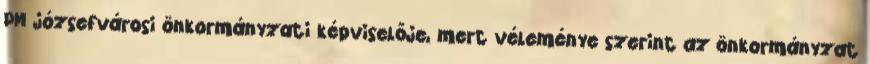
PM józsefvárosi önkormányzati képviselője, mert véleménye szerint az önkormányzat